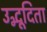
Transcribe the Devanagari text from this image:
उद्भूदिता